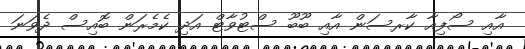
އާއި ސޯފިއާ ކާރސަން އާއި ބޫބޫ ސްޓުވާޓް އަދި ކެމެރަން ބޮއިސް ދެވަނަ